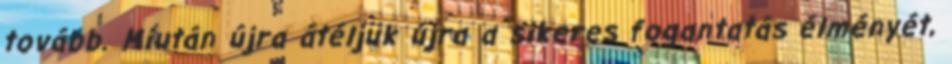
tovább. Miután újra átéljük újra a sikeres fogantatás élményét,